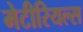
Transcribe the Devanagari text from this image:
मेटीरियल्स